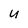
Character: U